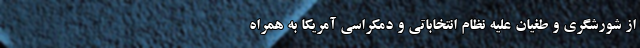
از شورشگری و طغیان علیه نظام انتخاباتی و دمکراسی آمریکا به همراه